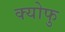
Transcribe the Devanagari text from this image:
क्योफु